Document type: Sale
Year: 1435
Scribe: Pere Soler
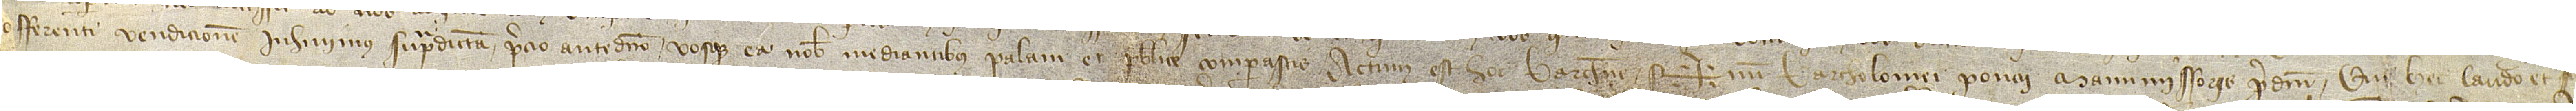
offerenti vendicionem inhivimus supradicta precio antedicto vosque ea nobis mediantibus palam et publice comparastis.  Actum est hoc Barchinone.  Sig+num Bartolomei Poncii, manumissoris, qui hec laudo et firmo